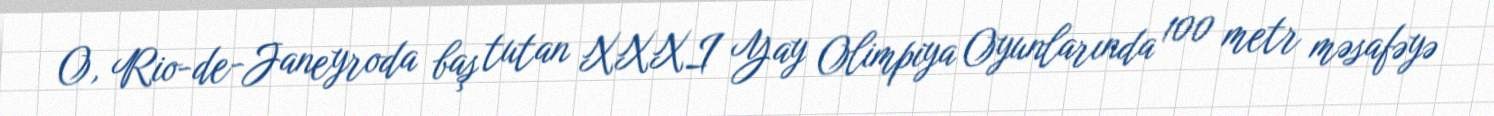
O, Rio-de-Janeyroda baş tutan XXXI Yay Olimpiya Oyunlarında 100 metr məsafəyə